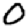
Digit: 0